Scottish Leaving Certificate Examination, 1961
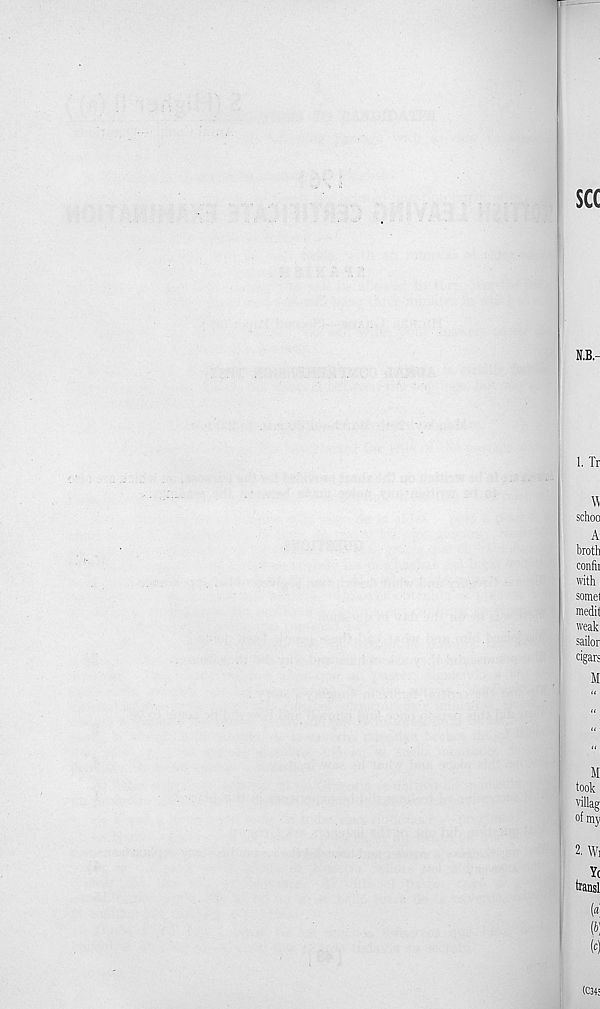
see
N.B.-
1. Tr
\\
sdioo
A:
broth
confii
with
somel
medit
weak
sailor
cigars
M
(t
M
took
villag
of my
2. Wi
Yt
transl
(d
(P)
w
(C34!